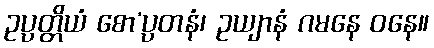
ဥပ္ပတ္တိယံ စော’ပ္ပတနံ၊ ဥယျာနံ ဂမနေ ဝနေ။